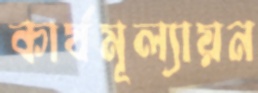
কার্যমূল্যায়ন